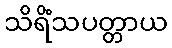
သိရိံသပတ္တာယ